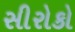
સીરોકો